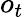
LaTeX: o_{t}